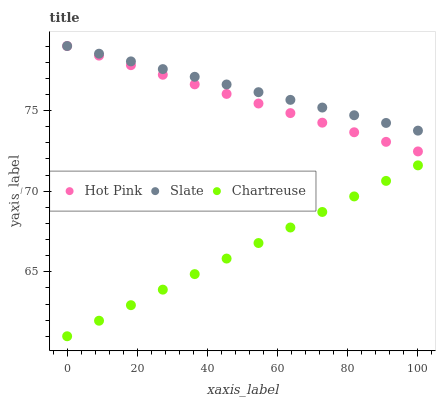
| xaxis_label | Hot Pink | Slate | Chartreuse |
 | --- | --- | --- | --- |
 | 0 | 79 | 79 | 61 |
 | 9.09 | 78.4 | 78.5 | 62 |
 | 18.2 | 77.8 | 78 | 62.9 |
 | 27.3 | 77.2 | 77.6 | 63.9 |
 | 36.4 | 76.6 | 77.1 | 64.9 |
 | 45.5 | 76 | 76.6 | 65.8 |
 | 54.5 | 75.4 | 76.1 | 66.8 |
 | 63.6 | 74.8 | 75.7 | 67.7 |
 | 72.7 | 74.2 | 75.2 | 68.7 |
 | 81.8 | 73.7 | 74.7 | 69.7 |
 | 90.9 | 73.1 | 74.2 | 70.6 |
 | 100 | 72.5 | 73.8 | 71.6 |